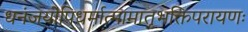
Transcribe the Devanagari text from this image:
धनंजयोपिधर्मात्मामातृभक्तिपरायणः